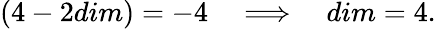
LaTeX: (4-2dim)=-4\quad\Longrightarrow\quad dim=4.